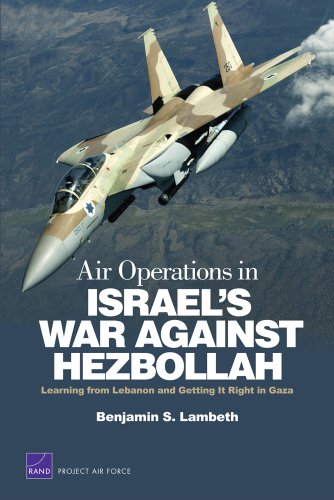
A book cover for Air Operations in Israel's War Against Hezbollah: Learning from Lebanon and Getting It Right in Gaza (Project Air Force); Benjamin S. Lambeth; History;